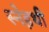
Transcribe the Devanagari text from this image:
स्नेहथी